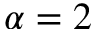
\alpha = 2